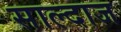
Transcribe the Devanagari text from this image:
साल्दाज